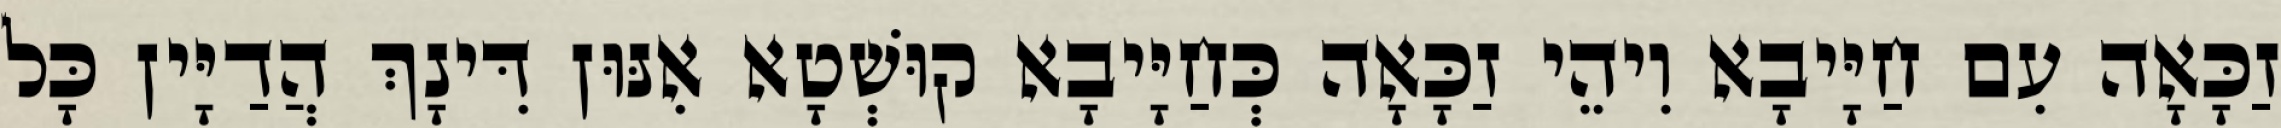
זַכָּאָה עִם חַיָּיבָא וִיהֵי זַכָּאָה כְּחַיָּיבָא קוּשְׁטָא אִנּוּן דִּינָךְ הֲדַיָּין כָּל